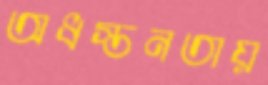
অধস্তনতায়